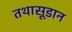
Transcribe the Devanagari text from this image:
तथासूडान